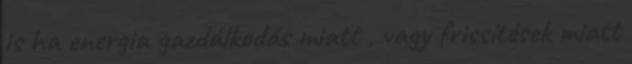
is ha energia gazdálkodás miatt , vagy frissítések miatt